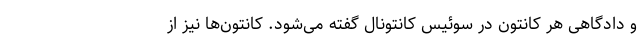
و دادگاهی هر کانتون در سوئیس کانتونال گفته می‌شود. کانتون‌ها نیز از